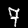
Digit: 7